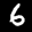
Label: 6